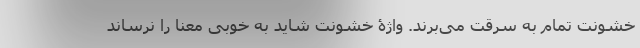
خشونت تمام به سرقت می‌برند. واژۀ خشونت شاید به خوبی معنا را نرساند